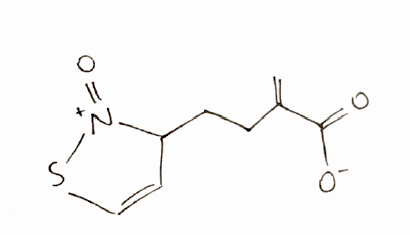
Simplified molecular-input line-entry system (SMILES) notation of the given molecule:
C=C(CCC1C=CS[N+]1=O)C(=O)[O-]